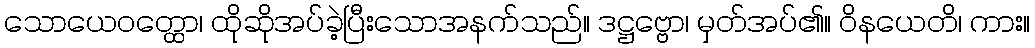
သောယေဝတ္ထော၊ ထိုဆိုအပ်ခဲ့ပြီးသောအနက်သည်။ ဒဋ္ဌဗ္ဗော၊ မှတ်အပ်၏။ ဝိနယေတိ၊ ကား။